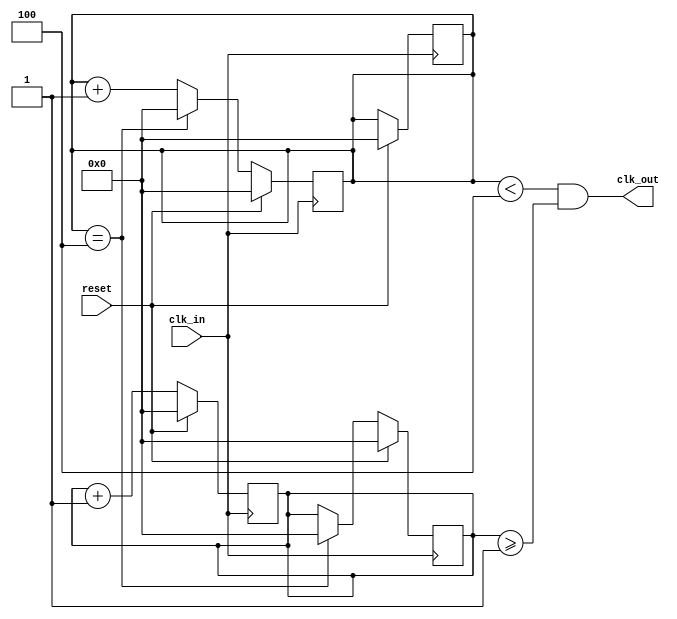
module counter_4_5(
    input clk_in,
    input reset,
    // input enable,
    output clk_out
);

reg [3:0] pos_edge;
reg [3:0] neg_edge;
reg toggle;
reg toggle1;

always @ (posedge clk_in)
    if (reset ==1) begin
        pos_edge <= 0;
        neg_edge <= 0;
    end
    else begin
        pos_edge <=  pos_edge +1;
    end 

always @(negedge clk_in)
    if (reset ==1) begin
        pos_edge <= 0;
        neg_edge <= 0;
    end
    else if (neg_edge == 4)begin
        neg_edge <=0;
        pos_edge <=0;
    end else begin
        neg_edge <=  neg_edge +1;
    end 


assign clk_out  = neg_edge < 4  &&  pos_edge >= 1;
endmodule 

module tb();

reg clk_in;
reg reset;
wire clk_out;
counter_4_5 U(
    clk_in,
    reset,
    clk_out
);
initial begin
    clk_in = 0;
    reset = 0;
    $dumpfile("divide_45.vcd");
    $dumpvars();
    #2 reset = 1;
    #10 reset = 10;
    #100 $finish;
end

always  #1  clk_in =~ clk_in;
endmodule